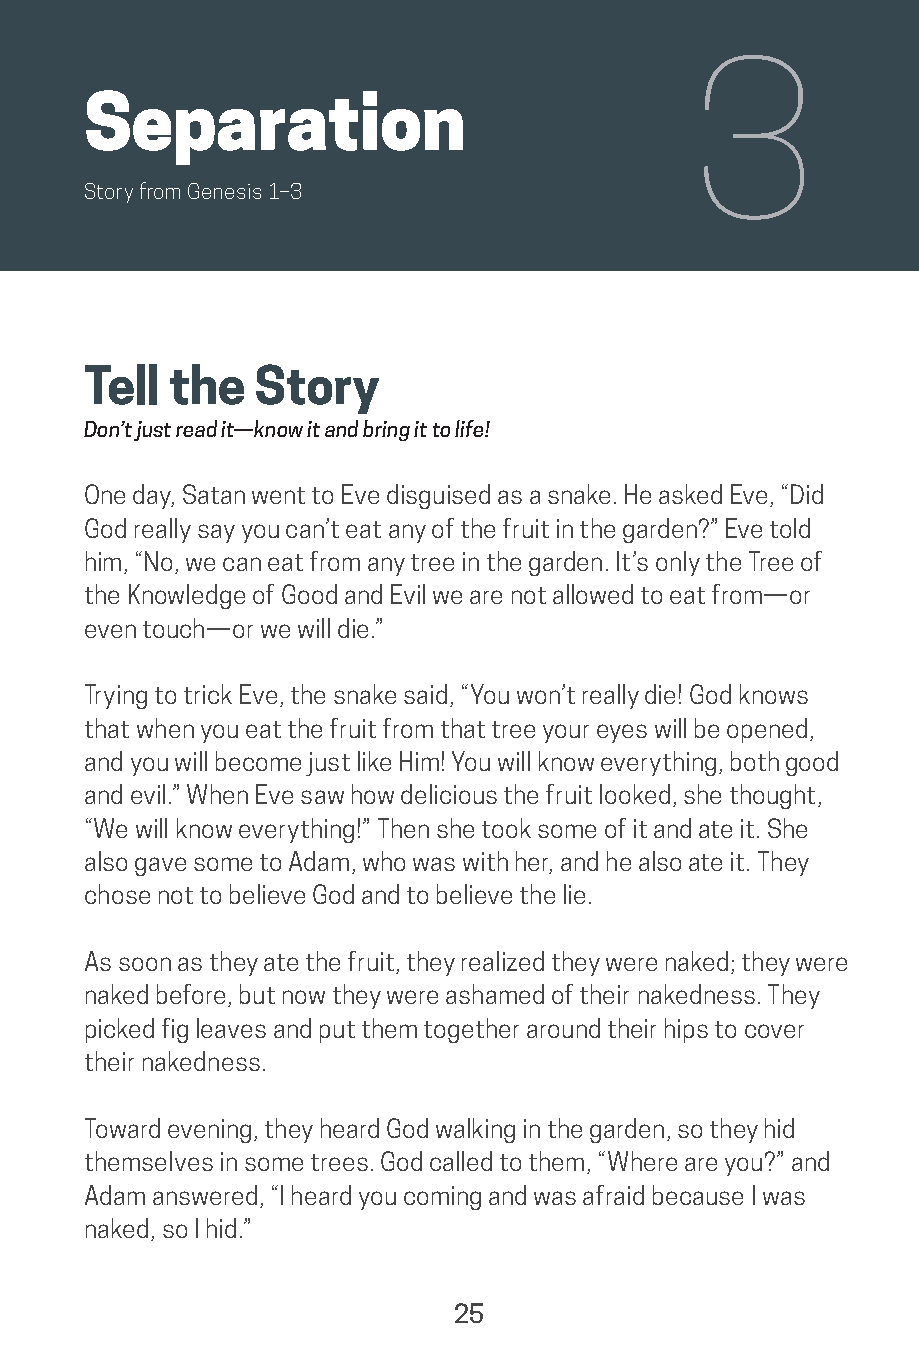
3
 Separation
 Story from Genesis 1–3
 Tell  the  Story
 Don’t just read it—know it and bring it to life!
 One day, Satan went to Eve disguised as a snake. He asked Eve, “Did
 God really say you can’t eat any of the fruit in the garden?” Eve told
 him, “No, we can eat from any tree in the garden. It’s only the Tree of
 the Knowledge of Good and Evil we are not allowed to eat from—or
 even touch—or we will die.”
 Trying to trick Eve, the snake said, “You won’t really die! God knows
 that when you eat the fruit from that tree your eyes will be opened,
 and you will become just like Him! You will know everything, both good
 and evil.” When Eve saw how delicious the fruit looked, she thought,
 “We will know everything!” Then she took some of it and ate it. She
 also gave some to Adam, who was with her, and he also ate it. They
 chose not to believe God and to believe the lie.
 As soon as they ate the fruit, they realized they were naked; they were
 naked before, but now they were ashamed of their nakedness. They
 picked fig leaves and put them together around their hips to cover
 their nakedness.
 Toward evening, they heard God walking in the garden, so they hid
 themselves in some trees. God called to them, “Where are you?” and
 Adam answered, “I heard you coming and was afraid because I was
 naked, so I hid.”
 25
 saturate-story_of_god_kids-2.indd 25              8/10/17 10:11 PM